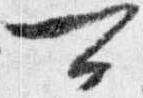
可